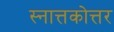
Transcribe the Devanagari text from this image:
स्नात्तकोत्तर